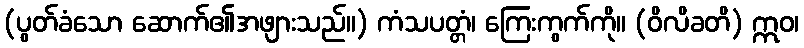
(ပွတ်ခံသော ဆောက်၏အဖျားသည်။) ကံသပတ္တံ၊ ကြေးကွက်ကို။ (ဝိလိခတိ) ဣဝ၊